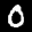
Label: 0